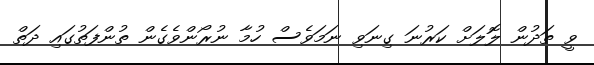
ވީ ތަދުން ލޮލަށް ކަރުނަ ގިނަވި ނަމަވެސް ހުމާ ނުރޯންވެގެން ތުންފަތުގައި ދަތް